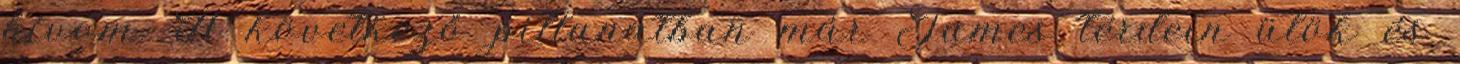
hívom. A következő pillanatban már James térdein ülök és